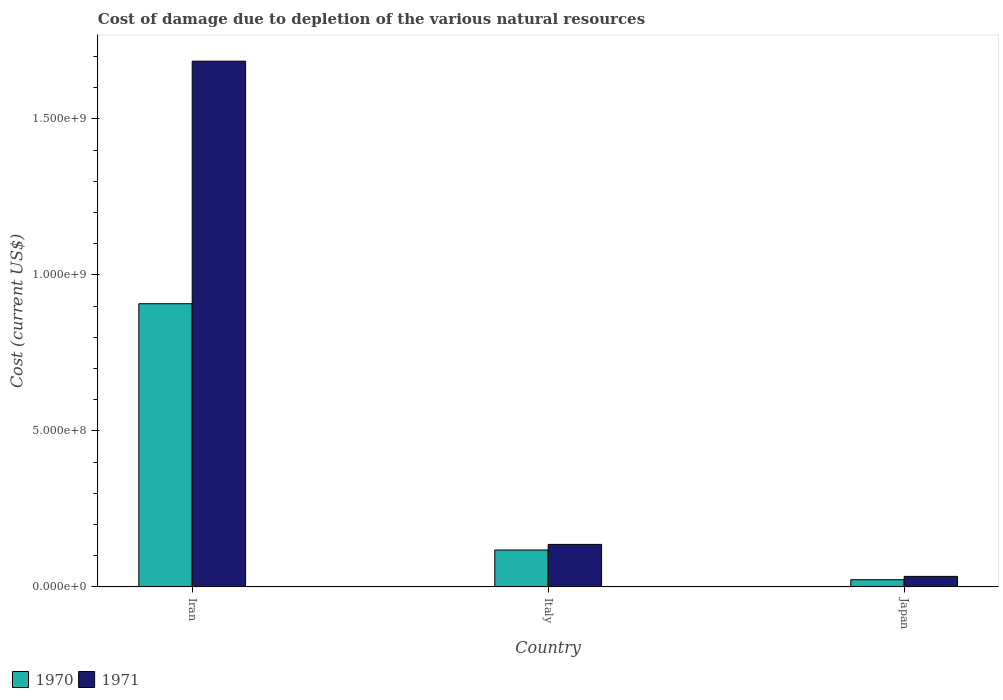
| Country | 1970 | 1971 |
 | --- | --- | --- |
 | Iran | 9.08e+08 | 1.69e+09 |
 | Italy | 1.18e+08 | 1.36e+08 |
 | Japan | 2.3e+07 | 3.37e+07 |